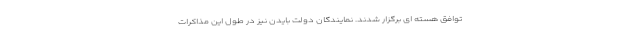
توافق هسته ای برگزار شدند. نمایندگان دولت بایدن نیز در طول این مذاکرات